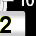
Digit: 2